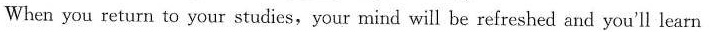
When you return to your studies,your mind will be refreshed and you'll learn